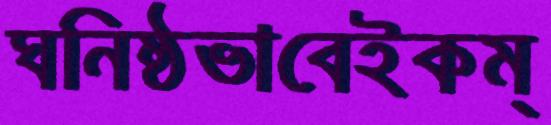
ঘনিষ্ঠভাবেইকম্